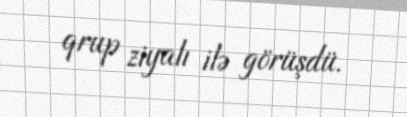
qrup ziyalı ilə görüşdü.